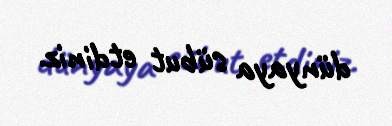
dünyaya sübut etdiniz.